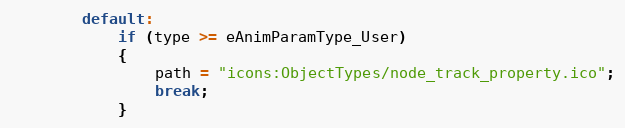
Language: C
		default:
			if (type >= eAnimParamType_User)
			{
				path = "icons:ObjectTypes/node_track_property.ico";
				break;
			}